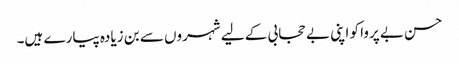
حسن بے پروا کو اپنی بے حجابی کے لیے شہروں سے بن زیادہ پیارے ہیں۔